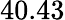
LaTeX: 40.43